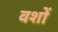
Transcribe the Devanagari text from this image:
वशों